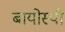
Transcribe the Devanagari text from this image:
बायोस्पी